Civil Veterinary Department. United Provinces 1923-31 - 1923-1931
Year: 1923
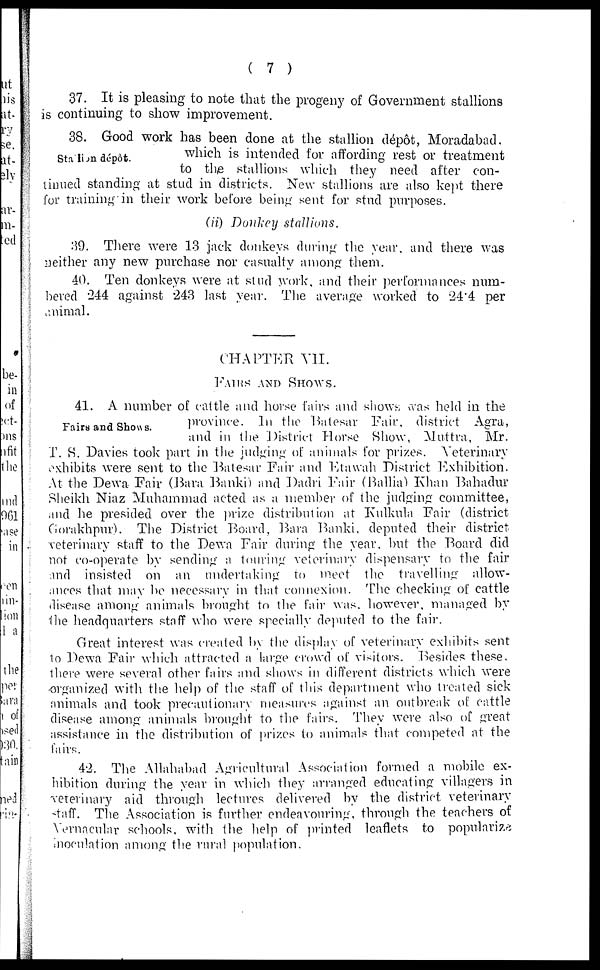
( 7 )
37. It is pleasing to note that the progeny of Government stallions
is continuing to show improvement.
Stallion dépôt.
38. Good work has been done at the stallion depot, Moradabad.
which is intended for affording rest or treatment
to the stallions which they need after con-
tinued standing at stud in districts. New stallions are also kept there
for training in their work before being sent for stud purposes.
(ii) Donkey stallions.
39. There were 13 jack donkeys during the year, and there was
neither any new purchase nor casualty among them.
40. Ten donkeys were at stud work, and their performances num-
bered 244 against 243 last year. The average worked to 24.4 per
animal.
CHAPTER VII.
FAIRS AND SHOWS.
Fairs and Shows.
41. A number of cattle and horse fairs and shows was held in the
province. In the Batesar Fair, district Agra,
and in the District Horse Show, Muttra, Mr.
T. S. Davies took part in the judging of animals for prizes. Veterinary
exhibits were sent to the Batesar Fair and Etawah District Exhibition.
At the Dewa Fair (Bara Banki) and Dadri Fair (Ballia) Khan Bahadur
Sheikh Niaz Muhammad acted as a member of the judging committee,
and he presided over the prize distribution at Kulkula Fair (district
Gorakhpur). The District Board, Bara Banki, deputed their district
veterinary staff to the Dewa Fair during the year. but the Board did
not co-operate by sending a touring veterinary dispensary to the fair
and insisted on an undertaking to meet the travelling allow-
ances that may be necessary in that connexion. The checking of cattle
disease among animals brought to the fair was. however, managed by
the headquarters staff who were specially deputed to the fair.
Great interest was created by the display of veterinary exhibits sent
to Dewa Fair which attracted a large crowd of visitors. Besides these.
there were several other fairs and shows in different districts which were
organized with the help of the staff of this department who treated sick
animals and took precautionary measures against an outbreak of cattle
disease among animals brought to the fairs. They were also of great
assistance in the distribution of prizes to animals that competed at the
fairs.
42. The Allahabad Agricultural Association formed a mobile ex-
hibition during the year in which they arranged educating villagers in
veterinary aid through lectures delivered by the district veterinary
staff. The Association is further endeavouring, through the teachers of
Vernacular schools, with the help of printed leaflets to popularize
inoculation among the rural population.